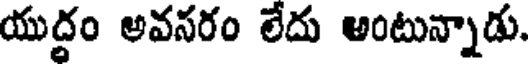
యుద్రం అవసరం లేదు అంటున్నాడు.